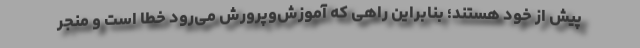
پیش از خود هستند؛ بنابراین راهی که آموزش‌وپرورش می‌رود خطا است و منجر